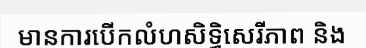
មានការបើកលំហសិទ្ធិសេរីភាព និង